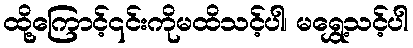
ထို့ကြောင့်၎င်းကိုမထိသင့်ပါ၊ မရွှေ့သင့်ပါ